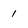
Character: 1